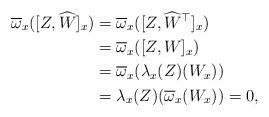
LaTeX: \begin{align*} \overline{\omega}_x([Z,\widehat{W}]_x) &= \overline{\omega}_x([Z,\widehat{W}^\top]_x) \\ &= \overline{\omega}_x([Z, W]_x) \\ &= \overline{\omega}_x(\lambda_x(Z)(W_x)) \\ &= \lambda_x(Z)(\overline{\omega}_x(W_x)) = 0, \end{align*}